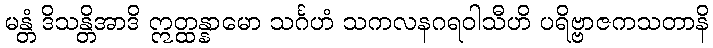
မန္တံ ဒိသန္တိအာဒိ ဣတ္ထန္နာမော သင်္ဂဟံ သကလနဂရဝါသီဟိ ပရိဗ္ဗာဇကသတာနိ